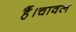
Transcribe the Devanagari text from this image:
हैं।चावल